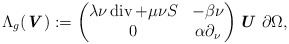
\begin{align*} \Lambda_{g} (\textbf{\textit{V}}) := \begin{pmatrix} \lambda\nu \operatorname{div} + \mu\nu S & -\beta \nu \\ 0 & \alpha\partial_\nu \end{pmatrix} \textbf{\textit{U}} \ \partial \Omega,\end{align*}